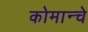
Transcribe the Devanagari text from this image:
कोमान्चे